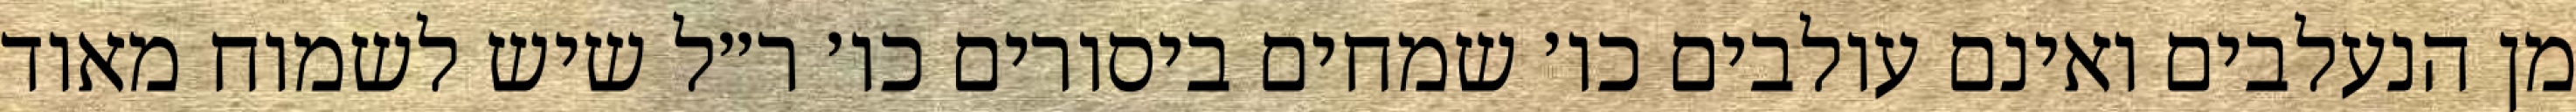
מן הנעלבים ואינם עולבים כו׳ שמחים ביסורים כו׳ ר״ל שיש לשמוח מאוד